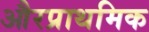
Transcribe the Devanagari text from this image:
औरप्राथमिक